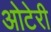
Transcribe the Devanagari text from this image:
ओटेरी